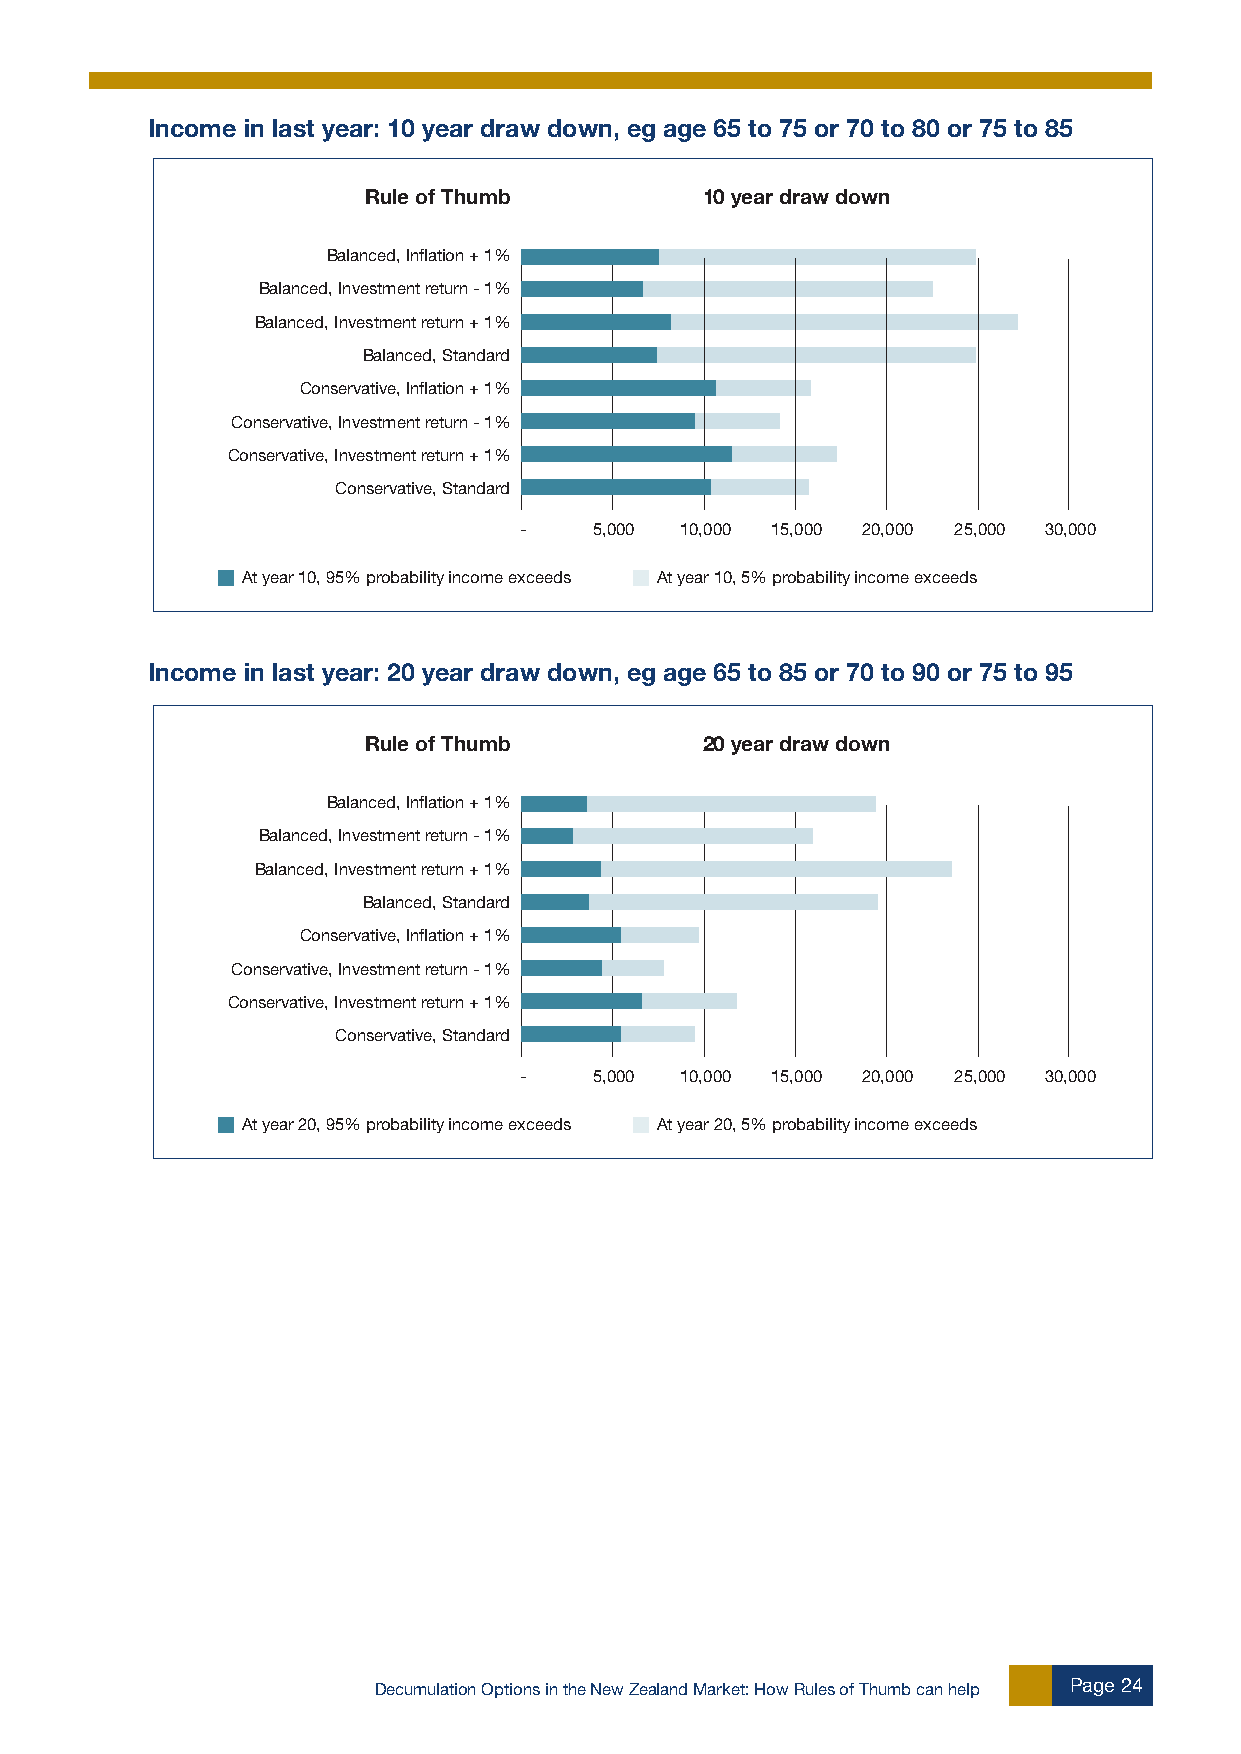
Income in last year: 10 year draw down, eg age 65 to 75 or 70 to 80 or 75 to 85
 Rule of Thumb         10 year draw down
 Balanced, Inflation + 1%
 Balanced, Investment return - 1%
 Balanced, Investment return + 1%
 Balanced, Standard
 Conservative, Inflation + 1%
 Conservative, Investment return - 1%
 Conservative, Investment return + 1%
 Conservative, Standard
 -    5,000 10,000 15,000 20,000 25,000 30,000
 At year 10, 95% probability income exceeds At year 10, 5% probability income exceeds
 Income in last year: 20 year draw down, eg age 65 to 85 or 70 to 90 or 75 to 95
 Rule of Thumb         20 year draw down
 Balanced, Inflation + 1%
 Balanced, Investment return - 1%
 Balanced, Investment return + 1%
 Balanced, Standard
 Conservative, Inflation + 1%
 Conservative, Investment return - 1%
 Conservative, Investment return + 1%
 Conservative, Standard
 -    5,000 10,000 15,000 20,000 25,000 30,000
 At year 20, 95% probability income exceeds At year 20, 5% probability income exceeds
 Decumulation Options in the New Zealand Market: How Rules of Thumb can help Page 24